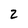
Character: 2